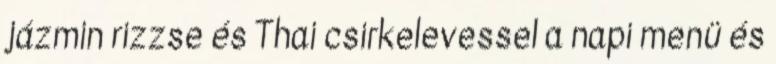
jázmin rizzse és Thai csirkelevessel a napi menü és